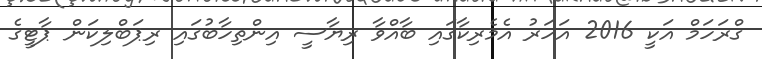
ގްރަހަމް އަކީ 2016 އަހަރު އެމެރިކާގައި ބާއްވާ ރިޔާސީ އިންތިހާބުގައި ރިޕަބްލިކަން ޕާޓީގެ